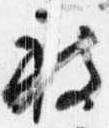
被